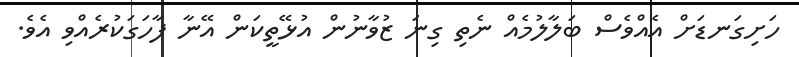
ހަށިގަނޑަށް އެއްވެސް ބަލާލުމެއް ނެތި ގިނަ ޒުވާނުން އުޅޭތީކަން އޭނާ ފާހަގަކުރެއްވި އެވެ.